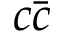
c \bar { c }